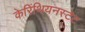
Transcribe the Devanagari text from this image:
केरिंथियनस्टेट